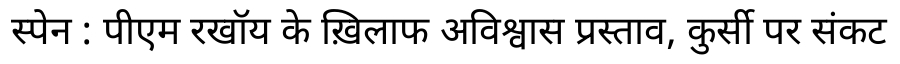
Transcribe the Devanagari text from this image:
स्पेन : पीएम रखॉय के ख़िलाफ अविश्वास प्रस्ताव, कुर्सी पर संकट